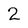
Character: 2